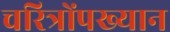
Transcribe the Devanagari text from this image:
चरित्रोंपख्यान